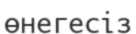
өнегесіз